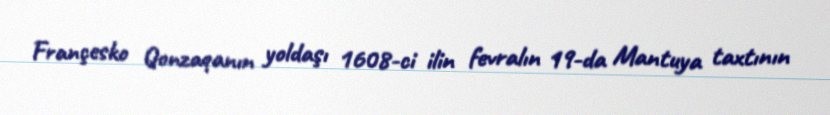
Françesko Qonzaqanın yoldaşı 1608-ci ilin fevralın 19-da Mantuya taxtının